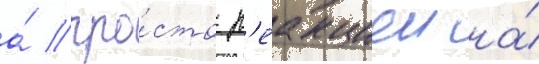
а́ про́сто р'еакциеи на́